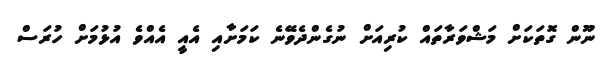
ނޫން ގޮތަކަށް މަޝްވަރާތައް ކުރިއަށް ނުގެންދެވޭނެ ކަމަށާއި އެއީ އެއްވެ އުޅުމަށް ހުރަސް